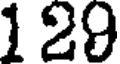
129